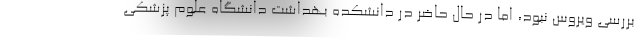
بررسی ویروس نبود، اما در حال حاضر در دانشکده بهداشت دانشگاه علوم پزشکی